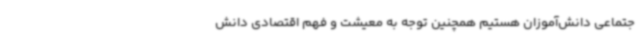
جتماعی دانش‌آموزان هستیم همچنین توجه به معیشت و فهم اقتصادی دانش‌